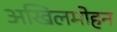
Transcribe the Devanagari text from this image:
अखिलमोहन